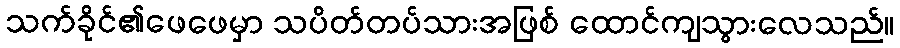
သက်ခိုင်၏ဖေဖေမှာ သပိတ်တပ်သားအဖြစ် ထောင်ကျသွားလေသည်။